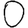
Digit: 0